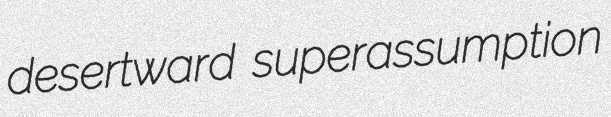
desertward superassumption